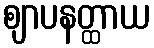
ဈာပနတ္ထာယ